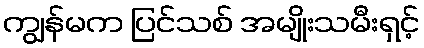
ကျွန်မက ပြင်သစ် အမျိုးသမီးရှင့်